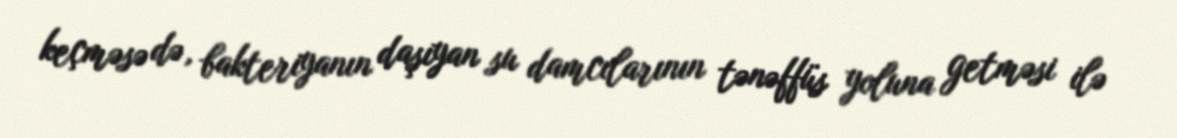
keçməsə də, bakteriyanın daşıyan su damcılarının tənəffüs yoluna getməsi ilə